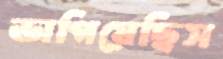
ভাগিয়েছিস